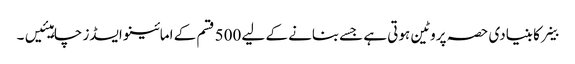
خلیے کا بنیادی حصہ پروٹین ہوتی ہے جسےبنانے کے لیے 500 قسم کے امائینو ایسڈز چاہیئیں۔